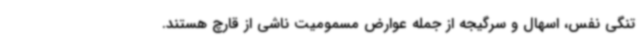
تنگی نفس، اسهال و سرگیجه از جمله عوارض مسمومیت ناشی از قارچ هستند.